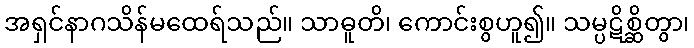
အရှင်နာဂသိန်မထေရ်သည်။ သာဓူတိ၊ ကောင်းစွဟူ၍။ သမ္ပဋိစ္ဆိတွာ၊